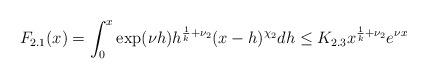
LaTeX: \begin{align*}F_{2.1}(x) = \int_{0}^{x} \exp( \nu h )h^{\frac{1}{k}+\nu_2} (x-h)^{\chi_{2}} dh \leq K_{2.3}x^{\frac{1}{k} + \nu_{2}} e^{\nu x} \end{align*}